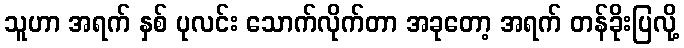
သူဟာ အရက် နှစ် ပုလင်း သောက်လိုက်တာ အခုတော့ အရက် တန်ခိုးပြလို့